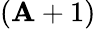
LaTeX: (\mathbf{A}+1)